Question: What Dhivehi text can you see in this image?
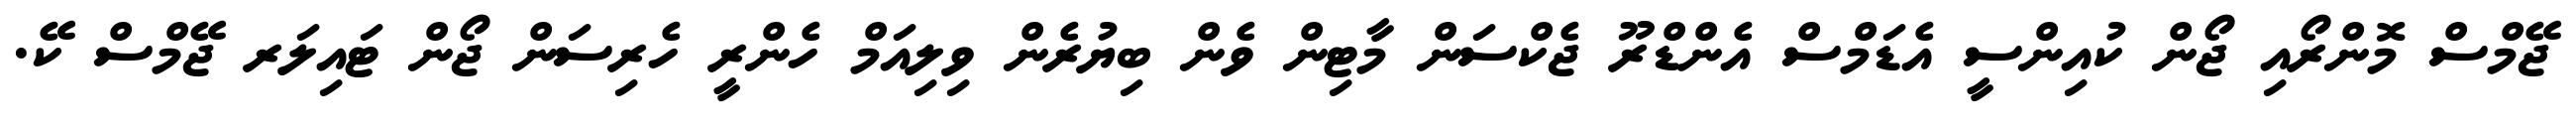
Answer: ޖޭމްސް މޮންރޯއި ޖޯން ކުއިންސީ އެޑަމްސް އެންޑްރޫ ޖެކްސަން މާޓިން ވެން ބިޔުރެން ވިލިއަމް ހެންރީ ހެރިސަން ޖޯން ޓައިލަރ ޖޭމްސް ކޭ.